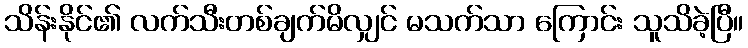
သိန်းနိုင်၏ လက်သီးတစ်ချက်မိလျှင် မသက်သာ ကြောင်း သူသိခဲ့ပြီ။